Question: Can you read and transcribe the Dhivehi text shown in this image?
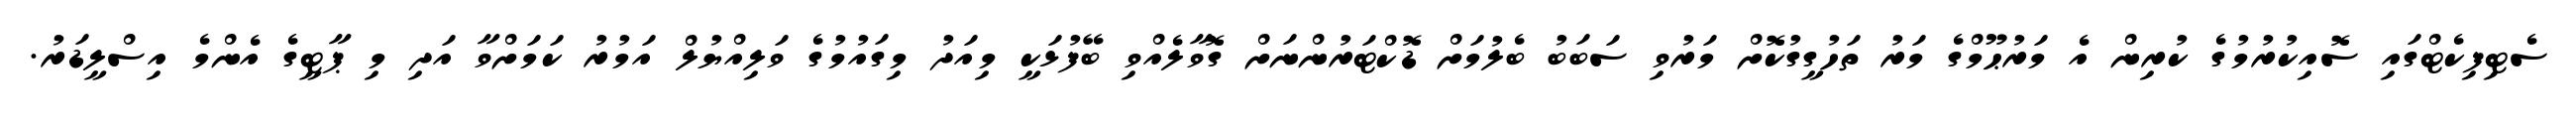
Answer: ސެޓިފިކެޓްގައި ސޮއިކުރުމުގެ ކުރިން އެ މަރުޙޫމްގެ މަރު ތަހުގީގުކޮށް މަރުވި ސަބަބު ބެލުމަށް ޑޮކްޓަރުންނަށް ގޮވާލެއްވި ބޭފުޅަކީ މިއަދު މިގައުމުގެ ވަލިއްޔުލް އަމުރު ކަމަށްވާ އަދި މި ޕާޓީގެ އެންމެ އިސްލީޑަރު.